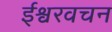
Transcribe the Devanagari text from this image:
ईश्वरवचन